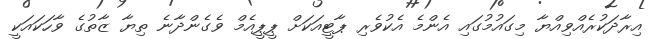
އިރާދަކުރެއްވިއްޔާ މިގައުމުގައި އެންމެ އެކުވެރި ޕާޓީއަކަށް ޕީޕީއެމް ވެގެންދާނެ ތިޔާ ޒާތުގެ ވާހަކައަކީ